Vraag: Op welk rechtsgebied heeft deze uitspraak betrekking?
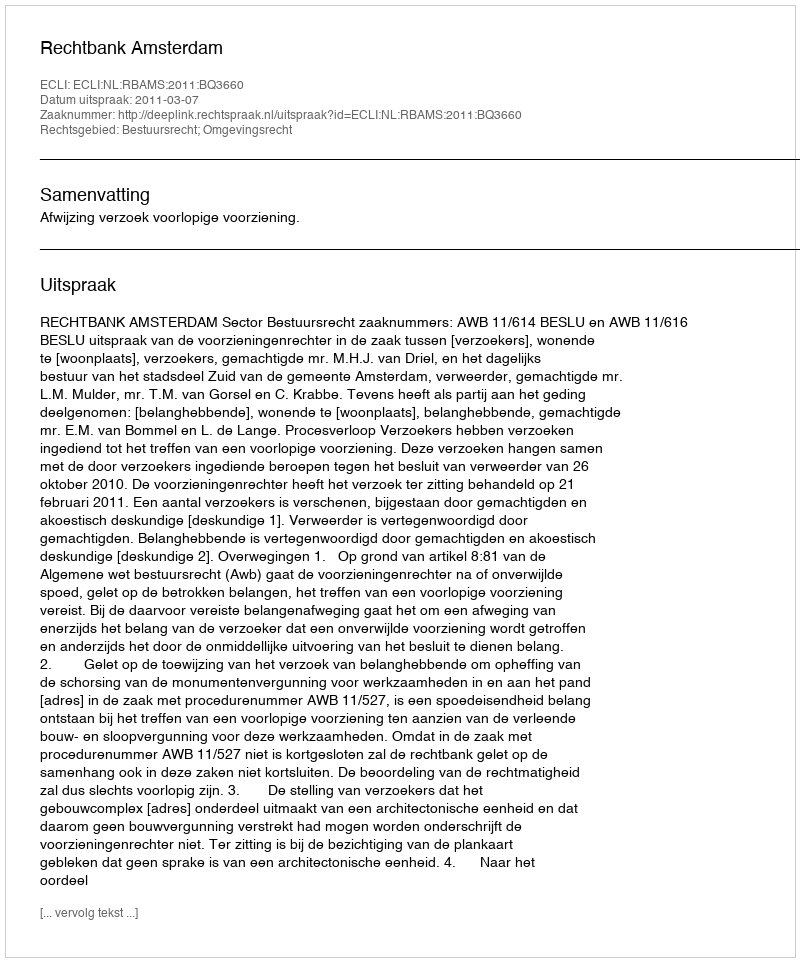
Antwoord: Bestuursrecht; Omgevingsrecht